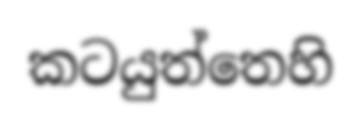
කටයුත්තෙහි